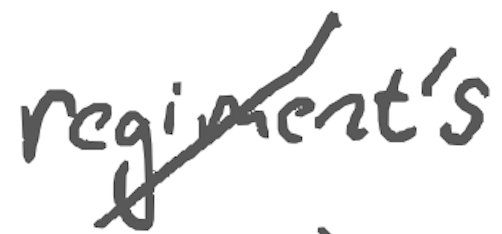
Text: regiment's
Cross-out: diagonal
Writing tool: digital_gray